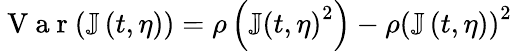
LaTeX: \mathrm{~V~a~r~}(\mathbb{J}\left(t,\eta\right))=\rho\left(\mathbb{J}\left(t,\eta\right)^{2}\right)-\rho\left(\mathbb{J}\left(t,\eta\right)\right)^{2}